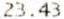
23.43